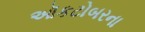
ઑકટોબરના